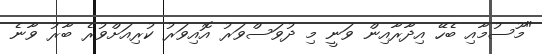
"މޫސުމާއި ބެހޭ އިދާރާއިން ވަނީ މި ދުވަސްވަރު އޮއިވަރު ކުރިއަށްވުރެ ބާރު ވާނެ